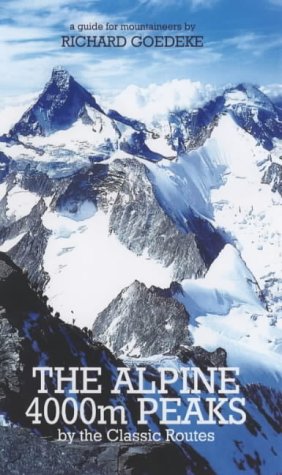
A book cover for The Alpine 4000m Peaks by the Classic Routes: A Guide for Mountaineers; Richard Goedeke; Sports & Outdoors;